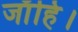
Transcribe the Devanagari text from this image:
जाँहि।